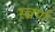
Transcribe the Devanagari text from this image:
स्व्रर्ण